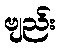
ဗျည်း